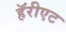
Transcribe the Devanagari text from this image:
हॅरीएट